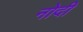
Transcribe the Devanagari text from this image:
नोदी